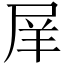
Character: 𡱝